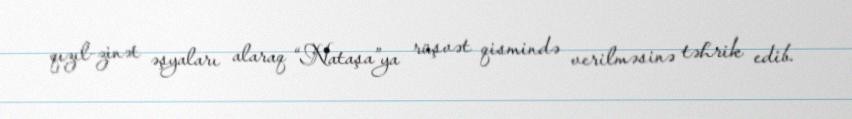
qızıl-zinət əşyaları alaraq “Nataşa”ya rüşvət qismində verilməsinə təhrik edib.